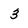
Character: 3